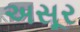
અસૂર